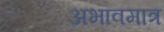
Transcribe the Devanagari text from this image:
अभावमात्र